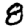
Digit: 8